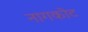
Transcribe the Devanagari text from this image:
नागकोट